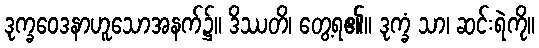
ဒုက္ခဝေဒနာဟူသောအနက်၌။ ဒိဿတိ၊ တွေ့ရ၏။ ဒုက္ခံ သာ၊ ဆင်းရဲကို။